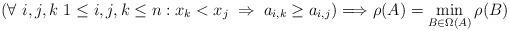
LaTeX: \begin{align*} \left(\forall\ i,j,k\ 1\leq i,j,k\leq n: x_k < x_j\;\Rightarrow\;a_{i,k}\geq a_{i,j}\right)\Longrightarrow\rho(A)=\min_{B\in\Omega(A)}\rho(B) \end{align*}